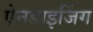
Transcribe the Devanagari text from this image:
ऐनडाइजिंग